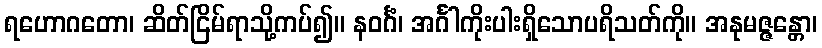
ရဟောဂတော၊ ဆိတ်ငြိမ်ရာသို့ကပ်၍။ နဝင်္ဂံ၊ အင်္ဂါကိုးပါးရှိသောပရိသတ်ကို။ အနုမဇ္ဇန္တော၊